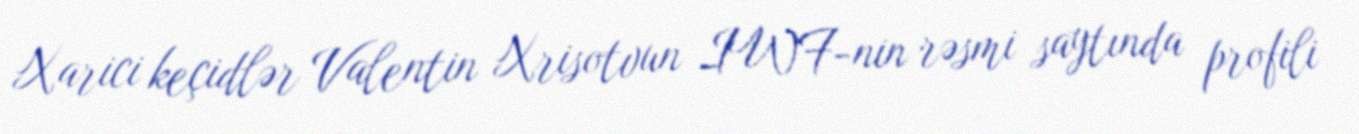
Xarici keçidlər Valentin Xrisotvun IWF-nin rəsmi saytında profili